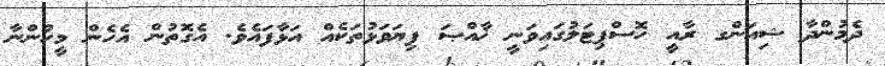
ދެމުންދާ ޝިއަންގ ރާއީ ހޮސްޕިޓަލުގައިވަނީ ޚާއްޞަ ފިޔަވަޅުތަކެއް އަޅާފައެވެ. އެގޮތުން އެހެން މީހުންނާ